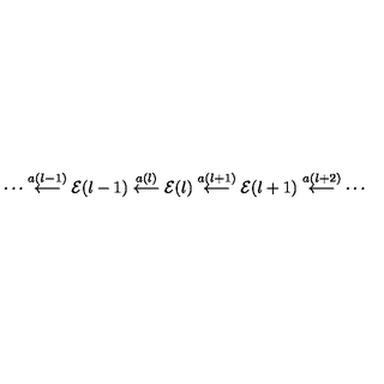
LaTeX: \cdots \stackrel { a ( l - 1 ) } { \longleftarrow } { \cal E } ( l - 1 ) \stackrel { a ( l ) } { \longleftarrow } { \cal E } ( l ) \stackrel { a ( l + 1 ) } { \longleftarrow } { \cal E } ( l + 1 ) \stackrel { a ( l + 2 ) } { \longleftarrow } \cdots